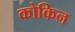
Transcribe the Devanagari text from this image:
कोकिन